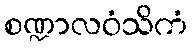
စဏ္ဍာလဝံသိကံ